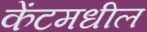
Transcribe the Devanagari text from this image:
केंटमधील